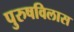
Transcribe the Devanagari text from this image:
पुरुषविलास